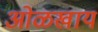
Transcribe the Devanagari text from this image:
ओळखाय